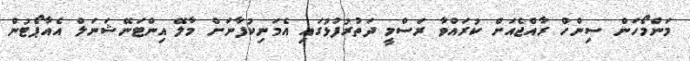
މަންމޯހަން ސިންހް ރާއްޖެއަށް ކުރައްވާ ރަސްމީ ދަތުރުފުޅުގައި އެމަނިކުފާނަށް މާލޭ އިންޓަނޭޝަނަލް އެއާޕޯޓުން